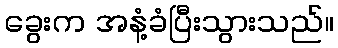
ခွေးက အနံ့ခံပြီးသွားသည်။